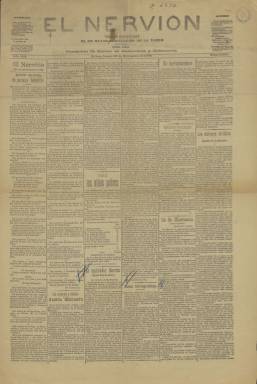
Título: El Nervión (Bilbao. 1891)
Colección: Periódicos
Ámbito geográfico: Vizcaya
Lugar de publicación: Bilbao
Fechas: 29/12/1902-30/06/1936